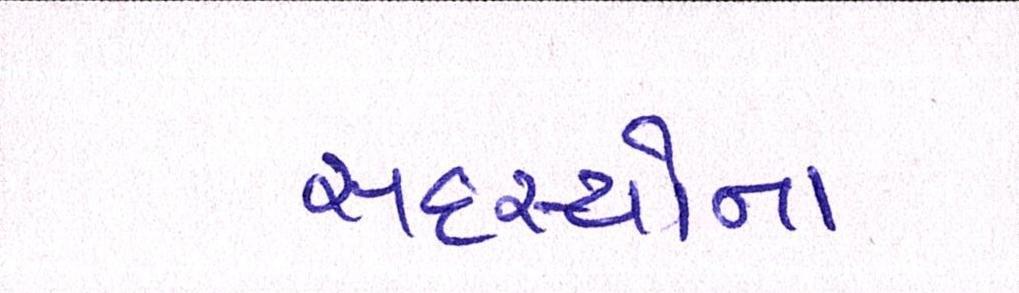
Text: સદસ્યોના